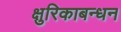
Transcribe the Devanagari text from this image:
क्षुरिकाबन्धन